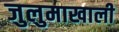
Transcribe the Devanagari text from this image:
जुलुमाखाली